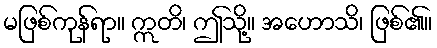
မဖြစ်ကုန်ရာ။ ဣတိ၊ ဤသို့။ အဟောသိ၊ ဖြစ်၏။